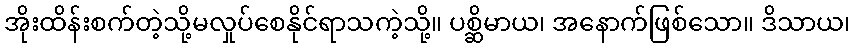
အိုးထိန်းစက်တဲ့သို့မလှုပ်စေနိုင်ရာသကဲ့သို့။ ပစ္ဆိမာယ၊ အနောက်ဖြစ်သော။ ဒိသာယ၊